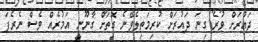
ދައުރަށް ވުރެ ގިނަ ދައުރަށް ކުރިމަތިލެވޭނެ ގޮތަށް ގާނޫނީ އަމުރެއް ވެސް ނެރެފަ